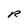
Character: R